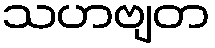
သဟဗျတ